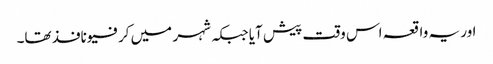
اور یہ واقعہ اس وقت پیش آیا جبکہ شہر میں کرفیو نافذ تھا۔